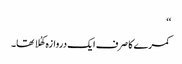
‘‘
کمرے کا صرف ایک دروازہ کھُلا تھا۔